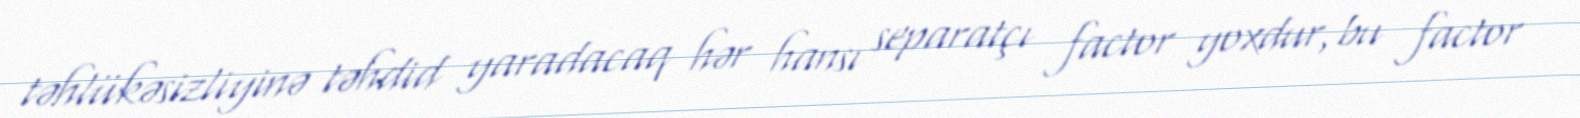
təhlükəsizliyinə təhdid yaradacaq hər hansı separatçı factor yoxdur, bu factor